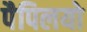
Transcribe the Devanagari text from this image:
पैपिलयो